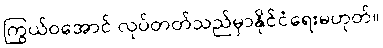
ကြွယ်ဝအောင် လုပ်တတ်သည်မှာနိုင်ငံရေးမဟုတ်။